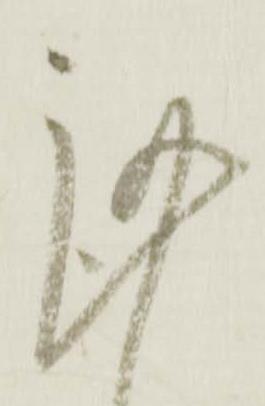
謹